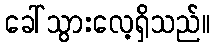
ခေါ်သွားလေ့ရှိသည်။